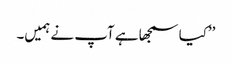
’’کیا سمجھا ہے آپ نے ہمیں۔